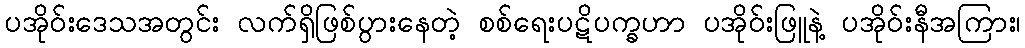
ပအိုဝ်းဒေသအတွင်း လက်ရှိဖြစ်ပွားနေတဲ့ စစ်ရေးပဋိပက္ခဟာ ပအိုဝ်းဖြူနဲ့ ပအိုဝ်းနီအကြား၊